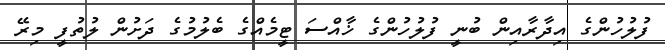
ފުލުހުންގެ އިދާރާއިން ބުނީ ފުލުހުންގެ ޚާއްސަ ޓީމެއްގެ ބެލުމުގެ ދަށުން ލުތުފީ މިރޭ